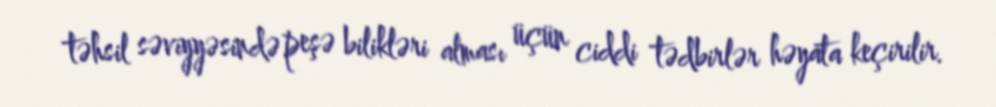
təhsil səviyyəsində peşə bilikləri alması üçün ciddi tədbirlər həyata keçirilir.